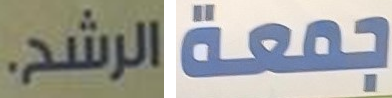
الرشح. جمعة